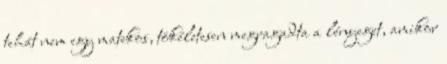
tehát nem egy matekos, tökéletesen megragadta a lényeget, amikor